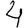
Digit: 4